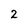
Character: 2